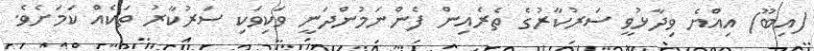
(އިބޫ) އިއްޔެ ވިދާޅުވީ ސަރުކާރުގެ ތެރެއިން ފެންނަމުންދަނީ ވަކިވަކި ސަރުކާރު ތަކެއް ކަމަށެވެ.